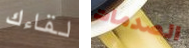
لقاءك الصدمات